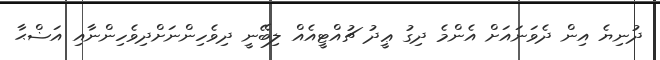
ދުނިޔެ އިން ދެވަނައަށް އެންމެ ދިގު ޢީދު ޗުއްޓީއެއް ލިބޭނީ ދިވެހިންނަށްދިވެހިންނާއި އަޟްޙާ